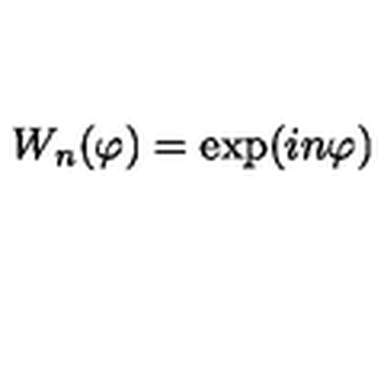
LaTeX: W _ { n } ( \varphi ) = \exp ( i n \varphi )